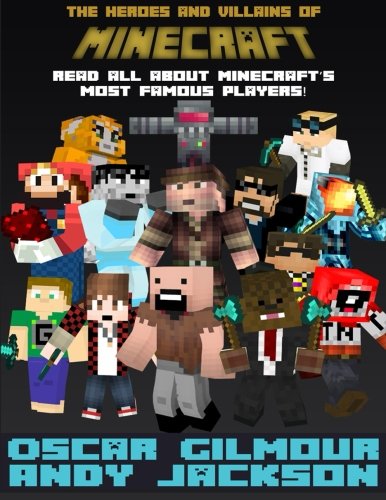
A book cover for Minecraft: The Heroes and Villains: Read all about Minecraft's most famous players!; Oscar Gilmour; Humor & Entertainment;